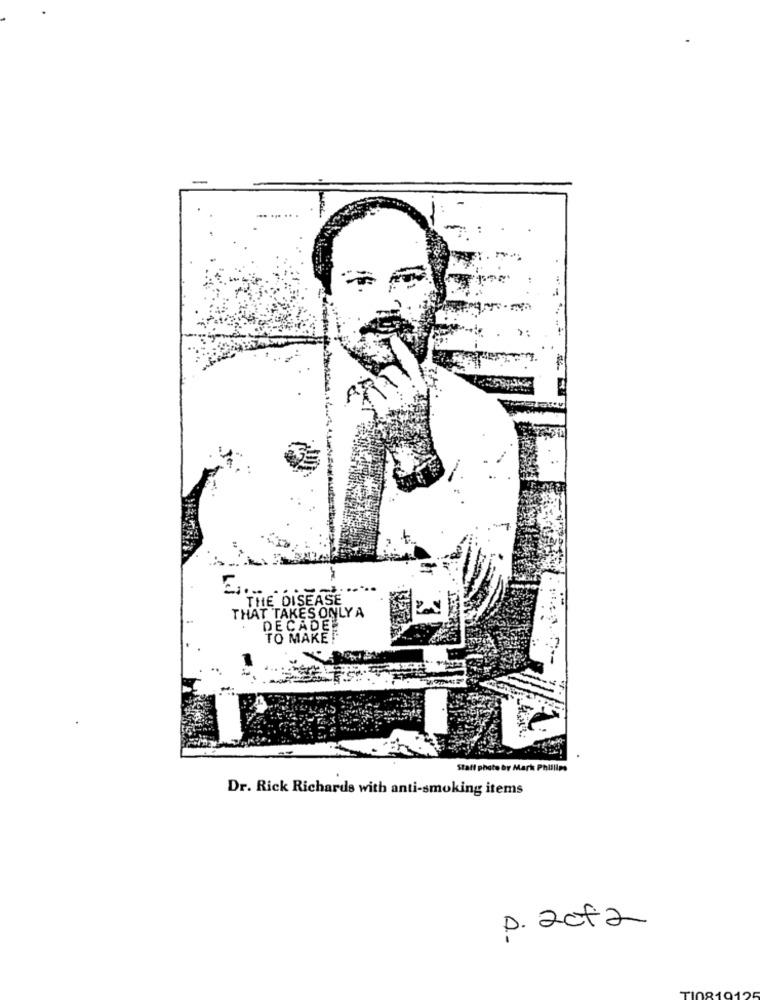
THE DISEASE
THAT TAKES ONLY A
DECADE
TO MAKE!
Staff photo by Mark Phillips
Dr. Rick Richards with anti-smoking items
P. 2012